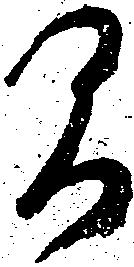
間